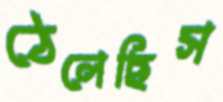
ঠেলেছিস